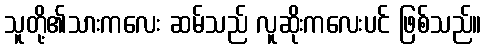
သူတို့၏သားကလေး ဆမ်သည် လူဆိုးကလေးပင် ဖြစ်သည်။